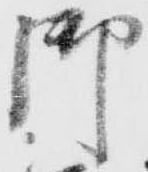
御